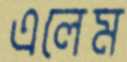
এলেম